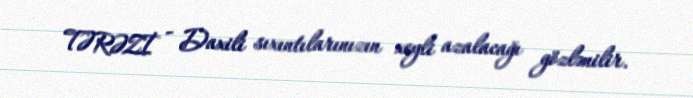
TƏRƏZİ - Daxili sıxıntılarınızın xeyli azalacağı gözlənilir.